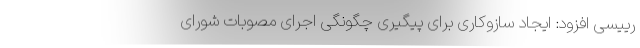
رییسی افزود: ایجاد سازوکاری برای پیگیری چگونگی اجرای مصوبات شورای